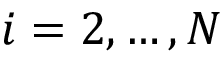
i = 2 , \ldots , N